Statistical return of the lunatic asylum in Assam - 1912-1932
Year: 1912
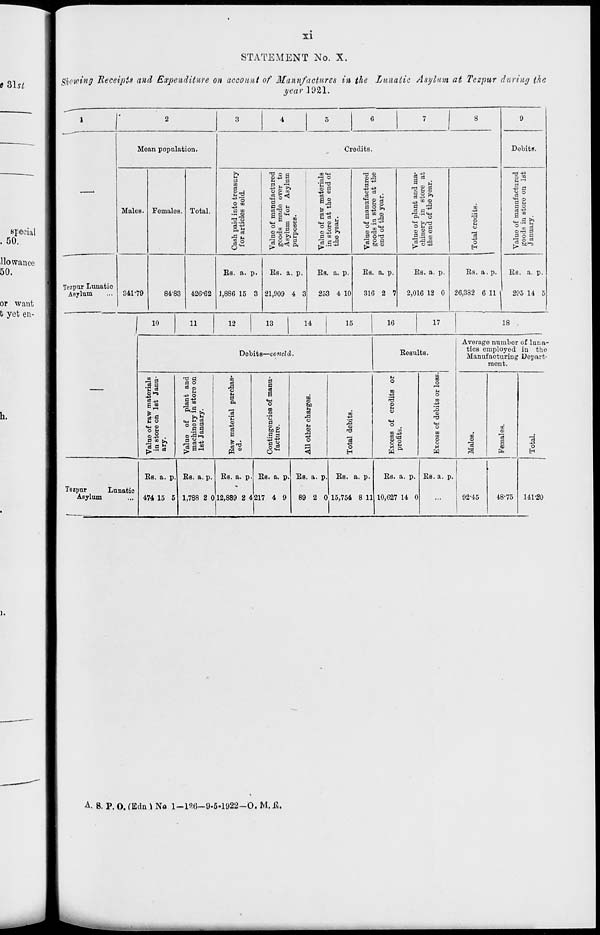
II
STATEMENT No. X.
Showing Receipts and Expenditure on account of Manufactures in the Lunatic Asylum at Tczpur during the
^0ar 1021.
Tezpur Lunatic
Asylum
Moan population.
Males.
34,1-79
Females.
84-83
Total.
Credits.
b
■Boa
CO <♦"!
"2 O
a
C
(3
=J
eg
a
-2 *%
ig
"EH O CO
o S» CO
0
03
Is
+3
CO h
^ +3
a OQ
cS 1^ O
fe
13 "o
a m
fi-S,
C3 ■+/>
o
2 «
O M S
& §
.JPO
® '3'c a
o £.
-S u
0 o fcS?
0 CO (0
II 5 ^ ft £.s3
PH O
CJ ,0
(-1 -43
l-u o a .
2 K 8
0 O ^
2"S CD
8 r--0
O _<H
0)ra °
0 O T3
T! O fl
|~ tB CD
426*62
Es. a. p.
1,886 15 3
Es. a. p.
21,909 4 3
Es. a. p.
253 4 10
Es. a. p.
316 2 7
1*
CD a
•2 2
go
r, CO CD
a £
-2.2<Z ft"" 1 O
O M rl
CD 2 CD
^3-0.0
<D
o
H
Es. a. p.
2,016 12 0
Es. a. p.
26,382 6 11
Dobits.
0 H
S-3
a*
= >>
°ro
•3 p
tJC^-a
Es. a. p.
295 14 5
10
11
12
13
14
15
16
17
18
Debits—conoid.
Results.
•3* ,a o
0>t-s
Ti a
02
a o
a ©
-+2 o
1 u 0 a
1
*" i—i
It _
plan
in st
y-
a 5
>-. o
e of
hinery
Januar
M
<« CD
°s CD -(3
a
a
0 CO >>
A a-£
&
a 0 a
£S"
a
0
0
a
a
m
CD
'o
0
|g
i| s §
m
o
Cto
3
o
u
CD
,0
O
CO
CO
o
CO
M
■+3
O
'O
CO
o
s
X>
CO
CD
-f=
T3
£1
o
<M
CD
o
•3
to -iS
to
to C0
O
M
ft
CO
1
CD
9
o 0
o
M
H
H
a
W
Tezpur
Lunatic
Asylum
Es. a. p
474 15 5
Es. a. p. Es. a. p. Es. a. p.
1,788 2 012,889 2 4217 4 9
Es. a. p. Es. a. p.
89 2 0 15,754 8 11
Es. a. p.
10,627 14 0
Es. a. p.
Average numbor of luna-
tics employod in the
Manufacturing Depart-
ment.
CO
CD
'a
a
a
92-45
48-75
42
o
EH
141-20
A. B. P. O. (Sdn ) No l-l'^C-9.5-1922-0. M. It.